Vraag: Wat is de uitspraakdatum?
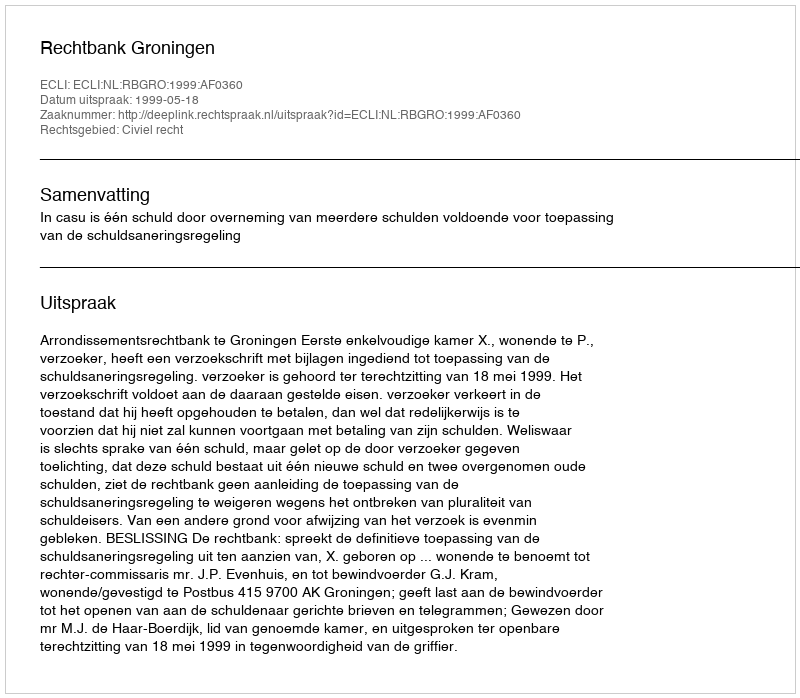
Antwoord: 1999-05-18